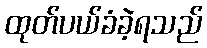
ထုတ်ပယ်ခံခဲ့ရသည်